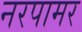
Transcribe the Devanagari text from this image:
नरपामर